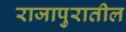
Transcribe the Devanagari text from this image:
राजापुरातील